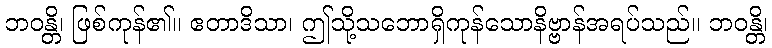
ဘဝန္တိ၊ ဖြစ်ကုန်၏။ ဧတာဒိသာ၊ ဤသို့သဘောရှိကုန်သောနိဗ္ဗာန်အရပ်သည်။ ဘဝန္တိ၊